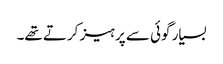
بسیار گوئی سے پرہیز کرتے تھے۔